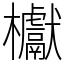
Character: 𣡌